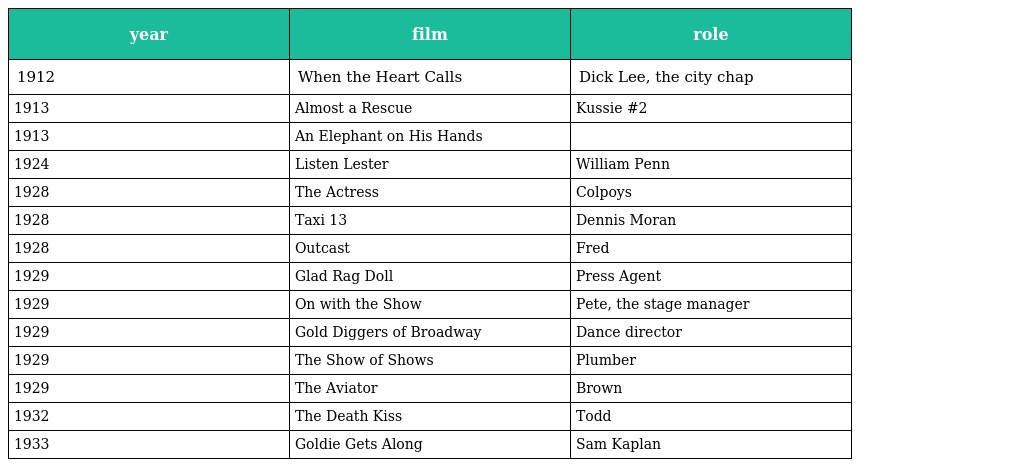
| year | film | role |
 | --- | --- | --- |
 | 1912 | When the Heart Calls | Dick Lee, the city chap |
 | 1913 | Almost a Rescue | Kussie #2 |
 | 1913 | An Elephant on His Hands |  |
 | 1924 | Listen Lester | William Penn |
 | 1928 | The Actress | Colpoys |
 | 1928 | Taxi 13 | Dennis Moran |
 | 1928 | Outcast | Fred |
 | 1929 | Glad Rag Doll | Press Agent |
 | 1929 | On with the Show | Pete, the stage manager |
 | 1929 | Gold Diggers of Broadway | Dance director |
 | 1929 | The Show of Shows | Plumber |
 | 1929 | The Aviator | Brown |
 | 1932 | The Death Kiss | Todd |
 | 1933 | Goldie Gets Along | Sam Kaplan |